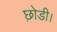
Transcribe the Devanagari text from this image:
छ़ोडी।